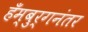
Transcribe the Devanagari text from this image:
हँम्बुर्गनंतर